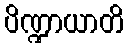
ပိဏ္ဍာယာတိ